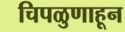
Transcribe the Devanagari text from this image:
चिपळुणाहून